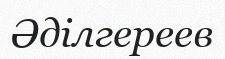
Әділгереев